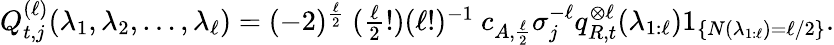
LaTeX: \begin{array}{r}{Q_{t,j}^{(\ell)}(\lambda_{1},\lambda_{2},\ldots,\lambda_{\ell})=(-2)^{\frac{\ell}{2}}\ (\frac{\ell}{2}!)(\ell!)^{-1}\ c_{A,\frac{\ell}{2}}\sigma_{j}^{-\ell}q_{R,t}^{\otimes\ell}(\lambda_{1:\ell})1_{\{ N(\lambda_{1:\ell})=\ell/2\} }.}\end{array}